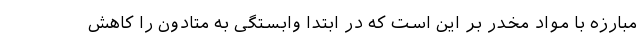
مبارزه با مواد مخدر بر این است که در ابتدا وابستگی به متادون را کاهش